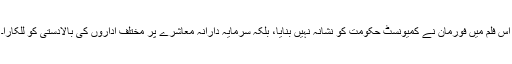
اس فلم میں فورمان نے کمیونسٹ حکومت کو نشانہ نہیں بنایا، بلکہ سرمایہ دارانہ معاشرے پر مختلف اداروں کی بالادستی کو للکارا۔